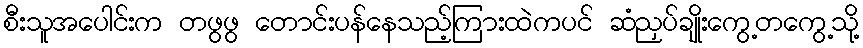
စီးသူအပေါင်းက တဖွဖွ တောင်းပန်နေသည့်ကြားထဲကပင် ဆံညှပ်ချိုးကွေ့တကွေ့သို့